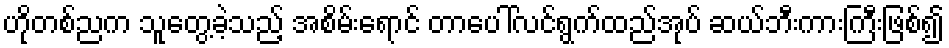
ဟိုတစ်ညက သူတွေ့ခဲ့သည့် အစိမ်းရောင် တာပေါ်လင်ရွက်ထည်အုပ် ဆယ်ဘီးကားကြီးဖြစ်၍